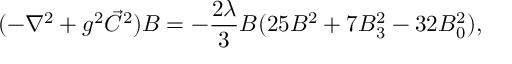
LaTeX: ( - \nabla ^ { 2 } + g ^ { 2 } \vec { C } ^ { 2 } ) B = - { \frac { 2 \lambda } { 3 } } B ( 2 5 B ^ { 2 } + 7 B _ { 3 } ^ { 2 } - 3 2 B _ { 0 } ^ { 2 } ) ,